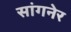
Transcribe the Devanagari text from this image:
सांगनेर